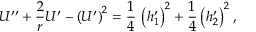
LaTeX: { \cal U } ^ { \prime \prime } + { \frac { 2 } { r } } { \cal U } ^ { \prime } - \left( { \cal U } ^ { \prime } \right) ^ { 2 } = { \frac { 1 } { 4 } } \, \left( h _ { 1 } ^ { \prime } \right) ^ { 2 } + { \frac { 1 } { 4 } } \left( h _ { 2 } ^ { \prime } \right) ^ { 2 } ,